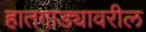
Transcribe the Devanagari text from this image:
हातगाड्यावरील